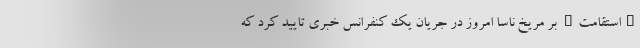
"استقامت" بر مریخ ناسا امروز در جریان یک کنفرانس خبری تایید کرد که